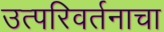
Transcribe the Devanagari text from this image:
उत्परिवर्तनाचा